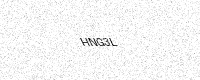
Text: HNG3L